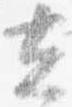
去